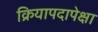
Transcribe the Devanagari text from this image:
क्रियापदापेक्षा